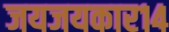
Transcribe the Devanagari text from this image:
जयजयकार१४